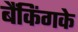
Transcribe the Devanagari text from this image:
बैंकिंगके